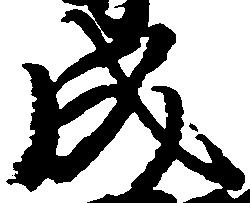
成